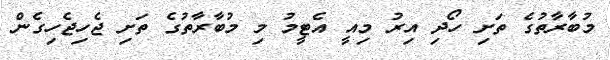
މުބާރާތުގެ ތަށި ހޯދި އިރު މިއީ އެޓީމު މި މުބާރާތުގެ ތަށި ޖެހިޖެހިގެން